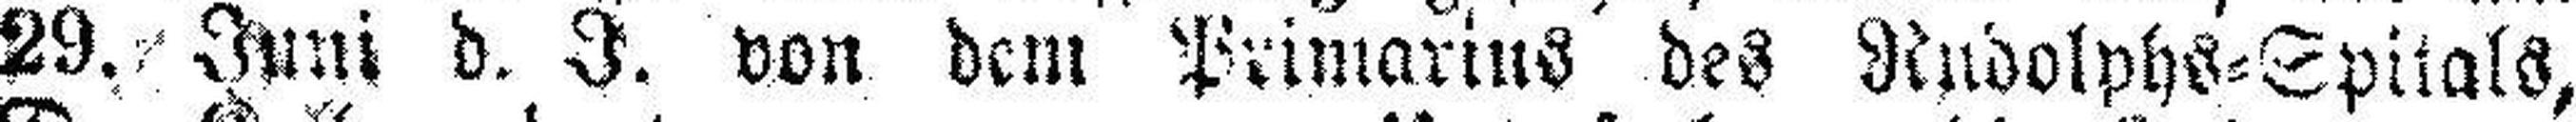
29. Juni d. J. von dem Primarius des Rudolphs=Spitals,